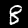
Digit: 8